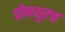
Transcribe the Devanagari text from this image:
पोंमथुरुत